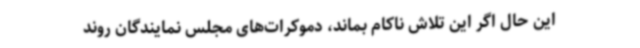
این حال اگر این تلاش ناکام بماند، دموکرات‌های مجلس نمایندگان روند